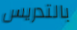
بالتدريس